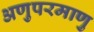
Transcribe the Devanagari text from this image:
अणुपरमाणु